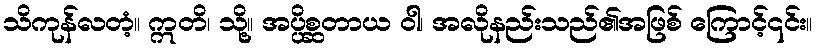
သိကုန်လတံ့။ ဣတိ၊ သို့။ အပ္ပိစ္ဆတာယ ဝါ၊ အလိုနည်းသည်၏အဖြစ် ကြောင့်၎င်း။